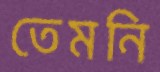
তেমনি